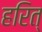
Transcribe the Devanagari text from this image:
हरित्‌